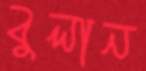
বুলান